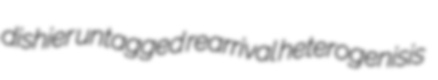
dishier untagged rearrival heterogenisis